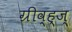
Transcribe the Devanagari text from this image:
ग्रीव्ह्ज्